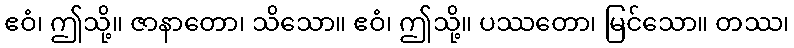
ဧဝံ၊ ဤသို့။ ဇာနာတော၊ သိသော။ ဧဝံ၊ ဤသို့။ ပဿတော၊ မြင်သော။ တဿ၊